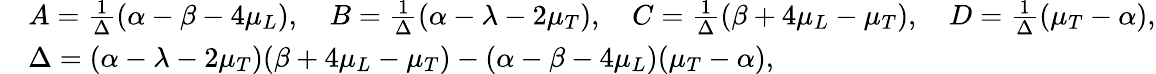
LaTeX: \begin{array}{rl}&{A=\frac{1}{\Delta}(\alpha-\beta-4\mu_{L}),\quad B=\frac{1}{\Delta}(\alpha-\lambda-2\mu_{T}),\quad C=\frac{1}{\Delta}(\beta+4\mu_{L}-\mu_{T}),\quad D=\frac{1}{\Delta}(\mu_{T}-\alpha),}\\ &{\Delta=(\alpha-\lambda-2\mu_{T})(\beta+4\mu_{L}-\mu_{T})-(\alpha-\beta-4\mu_{L})(\mu_{T}-\alpha),}\end{array}